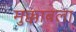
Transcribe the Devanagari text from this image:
मुक्काबला